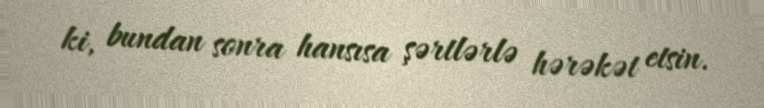
ki, bundan sonra hansısa şərtlərlə hərəkət etsin.